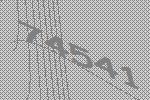
74541